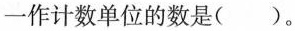
一作计数单位的数是（）。